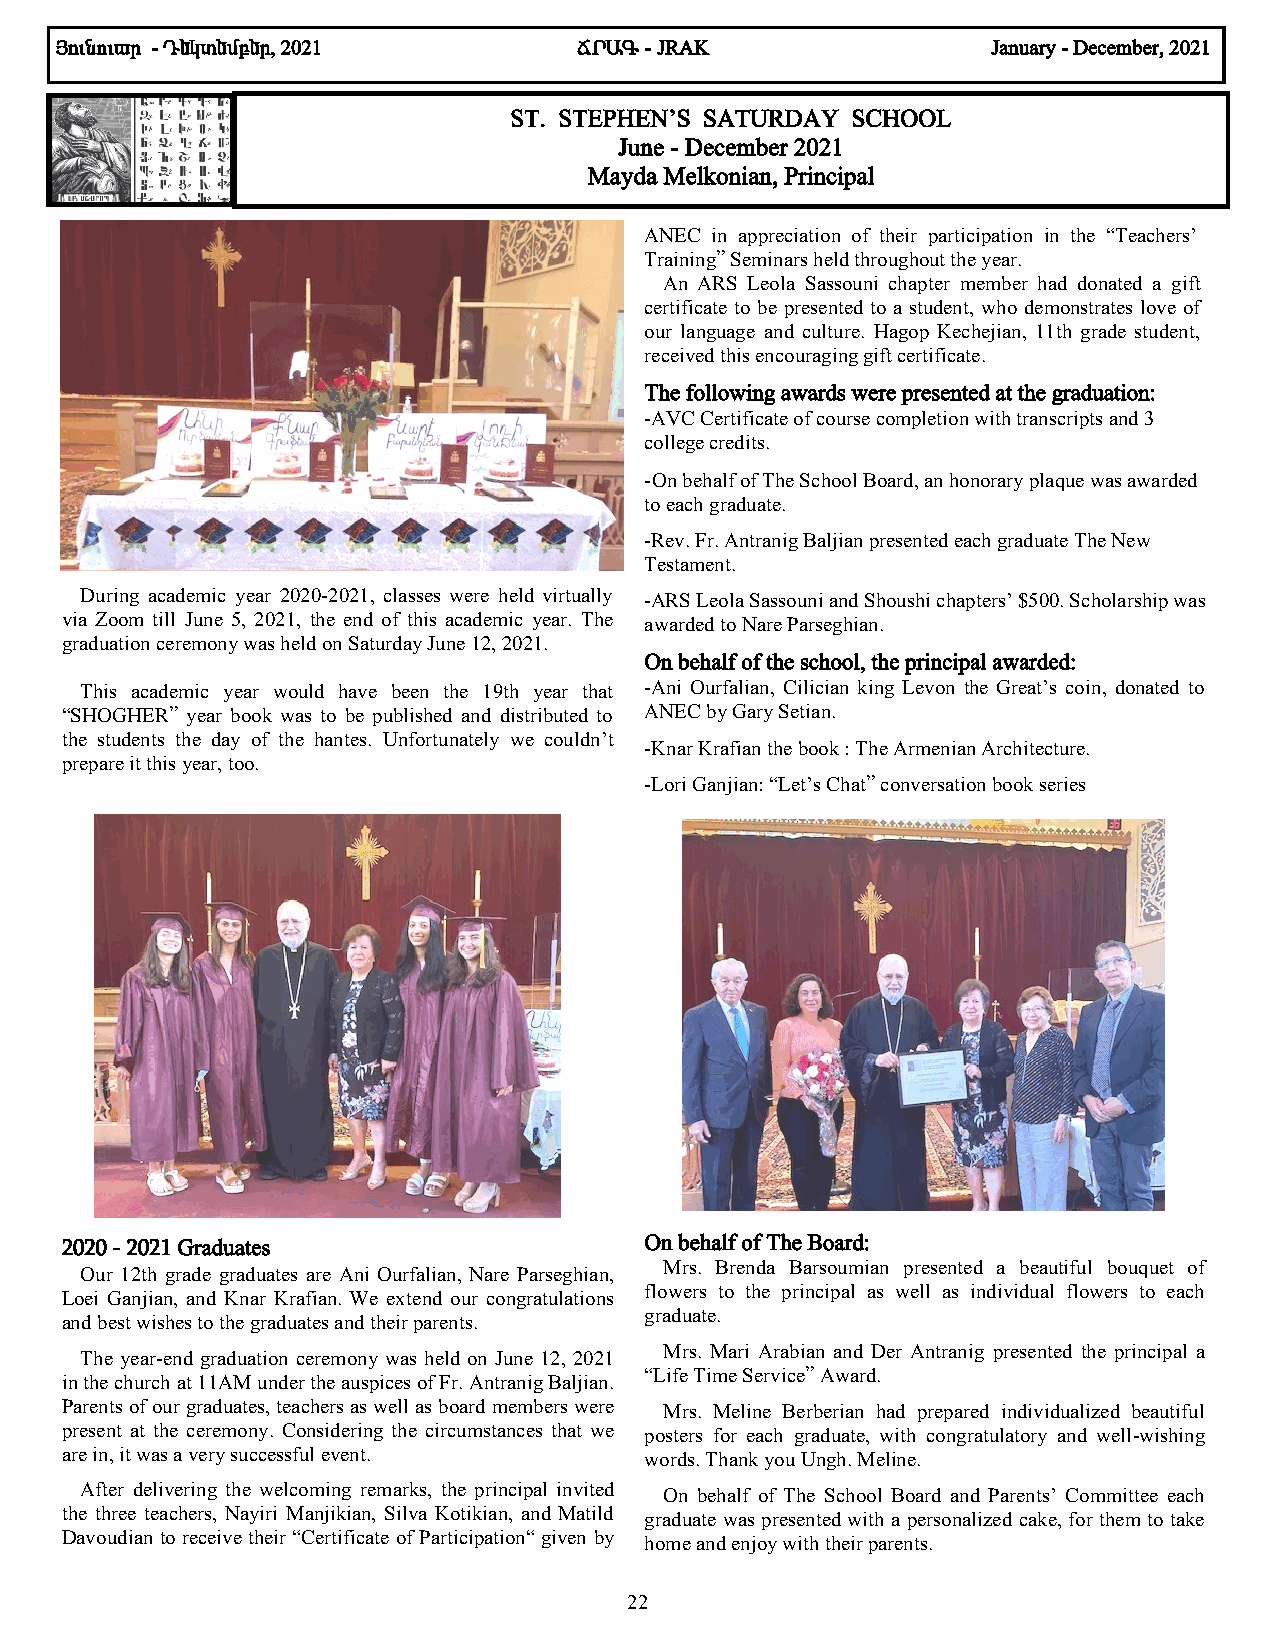
ÚáõÝáõ³ñ - ¸»Ïï»Ùµ»ñ, 2021        Öð²¶ - JRAK                 January - December, 2021
 ST. STEPHEN’S SATURDAY SCHOOL
 June - December 2021
 Mayda Melkonian, Principal
 ANEC in appreciation of their participation in the “Teachers’
 Training” Seminars held throughout the year.
 An ARS Leola Sassouni chapter member had donated a gift
 certificate to be presented to a student, who demonstrates love of
 our language and culture. Hagop Kechejian, 11th grade student,
 received this encouraging gift certificate.
 The following awards were presented at the graduation:
 -AVC Certificate of course completion with transcripts and 3
 college credits.
 -On behalf of The School Board, an honorary plaque was awarded
 to each graduate.
 -Rev. Fr. Antranig Baljian presented each graduate The New
 Testament.
 During academic year 2020-2021, classes were held virtually -ARS Leola Sassouni and Shoushi chapters’ $500. Scholarship was
 via Zoom till June 5, 2021, the end of this academic year. The awarded to Nare Parseghian.
 graduation ceremony was held on Saturday June 12, 2021.
 On behalf of the school, the principal awarded:
 This academic year would have been the 19th year that -Ani Ourfalian, Cilician king Levon the Great’s coin, donated to
 “SHOGHER” year book was to be published and distributed to ANEC by Gary Setian.
 the students the day of the hantes. Unfortunately we couldn’t
 -Knar Krafian the book : The Armenian Architecture.
 prepare it this year, too.
 -Lori Ganjian: “Let’s Chat” conversation book series
 2020 - 2021 Graduates                  On behalf of The Board:
 Our 12th grade graduates are Ani Ourfalian, Nare Parseghian, Mrs. Brenda Barsoumian presented a beautiful bouquet of
 flowers to the principal as well as individual flowers to each
 Loei Ganjian, and Knar Krafian. We extend our congratulations
 graduate.
 and best wishes to the graduates and their parents.
 The year-end graduation ceremony was held on June 12, 2021 Mrs. Mari Arabian and Der Antranig presented the principal a
 in the church at 11AM under the auspices of Fr. Antranig Baljian. “Life Time Service” Award.
 Parents of our graduates, teachers as well as board members were Mrs. Meline Berberian had prepared individualized beautiful
 present at the ceremony. Considering the circumstances that we posters for each graduate, with congratulatory and well-wishing
 are in, it was a very successful event. words. Thank you Ungh. Meline.
 After delivering the welcoming remarks, the principal invited On behalf of The School Board and Parents’ Committee each
 the three teachers, Nayiri Manjikian, Silva Kotikian, and Matild graduate was presented with a personalized cake, for them to take
 Davoudian to receive their “Certificate of Participation“ given by home and enjoy with their parents.
 22